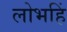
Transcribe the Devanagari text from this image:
लोभहिं